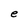
Character: e